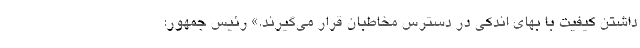
داشتن کیفیت با بهای اندکی در دسترس مخاطبان قرار می‌گیرند.» رئیس جمهور: